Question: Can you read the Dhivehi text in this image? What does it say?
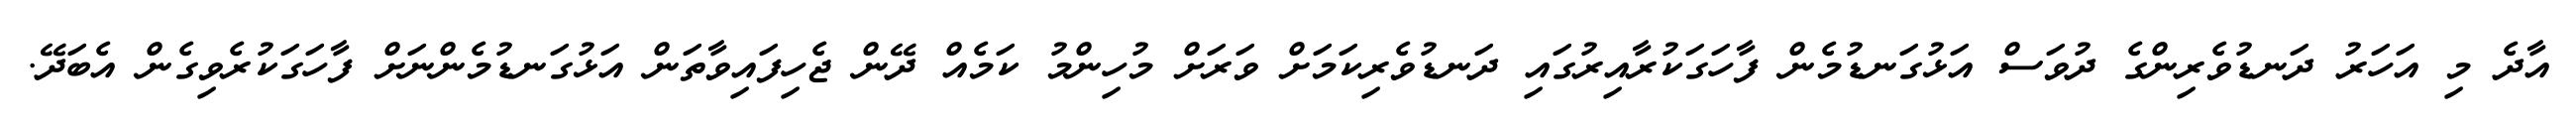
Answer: އާދެ މި އަހަރު ދަނޑުވެރިންގެ ދުވަސް އަޅުގަނޑުމެން ފާހަގަކުރާއިރުގައި ދަނޑުވެރިކަމަށް ވަރަށް މުހިންމު ކަމެއް ދޭން ޖެހިފައިވާތަން އަޅުގަނޑުމެންނަށް ފާހަގަކުރެވިގެން އެބަދޭ.